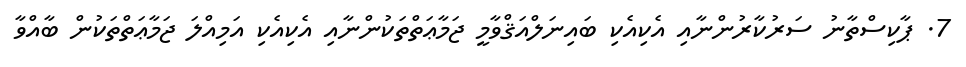
7. ޕާކިސްތާނު ސަރުކާރުންނާއި އެކިއެކި ބައިނަލްއަޤްވާމީ ޖަމާޢަތްތަކުންނާއި އެކިއެކި އަމިއްލަ ޖަމާޢަތްތަކުން ބާއްވާ